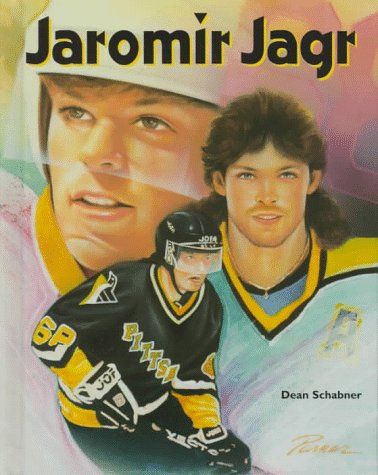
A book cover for Jaromir Jagr (Ice Hockey Legends); Dean Schabner; Teen & Young Adult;